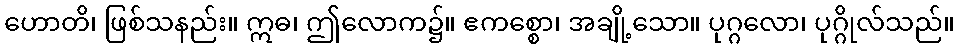
ဟောတိ၊ ဖြစ်သနည်း။ ဣဓ၊ ဤလောက၌။ ဧကစ္စော၊ အချို့သော။ ပုဂ္ဂလော၊ ပုဂ္ဂိုလ်သည်။